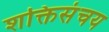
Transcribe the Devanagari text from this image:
शक्तिसंचय